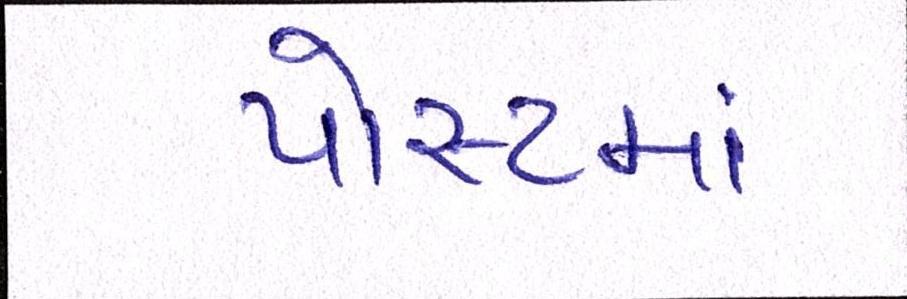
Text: પોસ્ટમાં